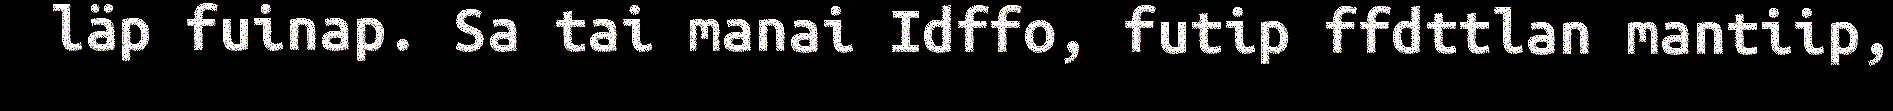
läp fuinap. Sa tai manai Idffo, futip ffdttlan mantiip,